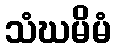
သံဃမိမံ